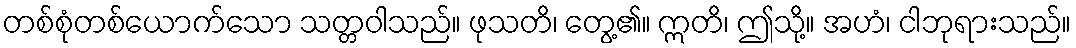
တစ်စုံတစ်ယောက်သော သတ္တဝါသည်။ ဖုသတိ၊ တွေ့၏။ ဣတိ၊ ဤသို့။ အဟံ၊ ငါဘုရားသည်။